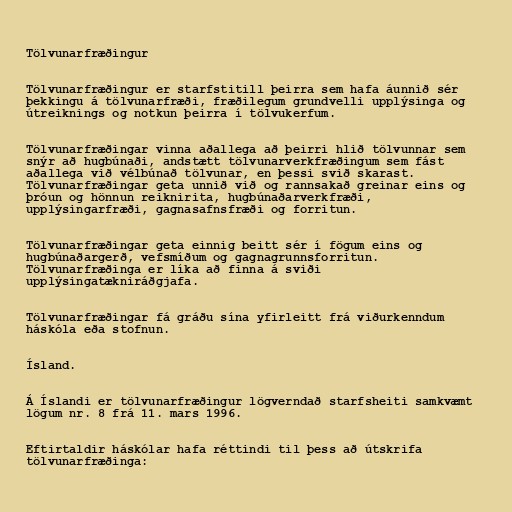
Tölvunarfræðingur

Tölvunarfræðingur er starfstitill þeirra sem hafa áunnið sér
þekkingu á tölvunarfræði, fræðilegum grundvelli upplýsinga og
útreiknings og notkun þeirra í tölvukerfum.

Tölvunarfræðingar vinna aðallega að þeirri hlið tölvunnar sem
snýr að hugbúnaði, andstætt tölvunarverkfræðingum sem fást
aðallega við vélbúnað tölvunar, en þessi svið skarast.
Tölvunarfræðingar geta unnið við og rannsakað greinar eins og
þróun og hönnun reiknirita, hugbúnaðarverkfræði,
upplýsingarfræði, gagnasafnsfræði og forritun.

Tölvunarfræðingar geta einnig beitt sér í fögum eins og
hugbúnaðargerð, vefsmíðum og gagnagrunnsforritun.
Tölvunarfræðinga er líka að finna á sviði
upplýsingatækniráðgjafa.

Tölvunarfræðingar fá gráðu sína yfirleitt frá viðurkenndum
háskóla eða stofnun.

Ísland.

Á Íslandi er tölvunarfræðingur lögverndað starfsheiti samkvæmt
lögum nr. 8 frá 11. mars 1996.

Eftirtaldir háskólar hafa réttindi til þess að útskrifa
tölvunarfræðinga: